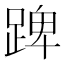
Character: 䠋